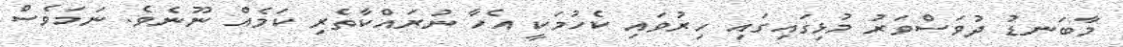
މާބަނޑު ދުވަސްވަރު މުޅިގައިގައި ހިރުވައި ކެހުމަކީ އެހާ ނުރައްކާތެރި ކަމެއް ނޫނެވެ. ނަމަވެސް